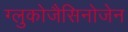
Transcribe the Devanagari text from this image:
ग्लुकोजैसिनोजेन